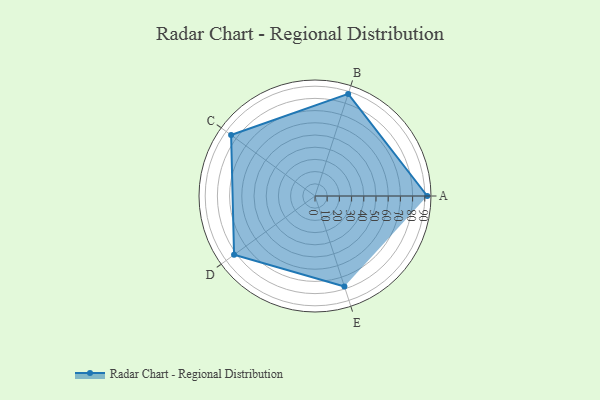
{"axis": {"x": "Skill", "y": "Score"}, "legend": ["Profile"], "data": [{"x": "A", "y": 92.0, "type": "Profile"}, {"x": "B", "y": 88.0, "type": "Profile"}, {"x": "C", "y": 85.0, "type": "Profile"}, {"x": "D", "y": 82.0, "type": "Profile"}, {"x": "E", "y": 78.0, "type": "Profile"}]}